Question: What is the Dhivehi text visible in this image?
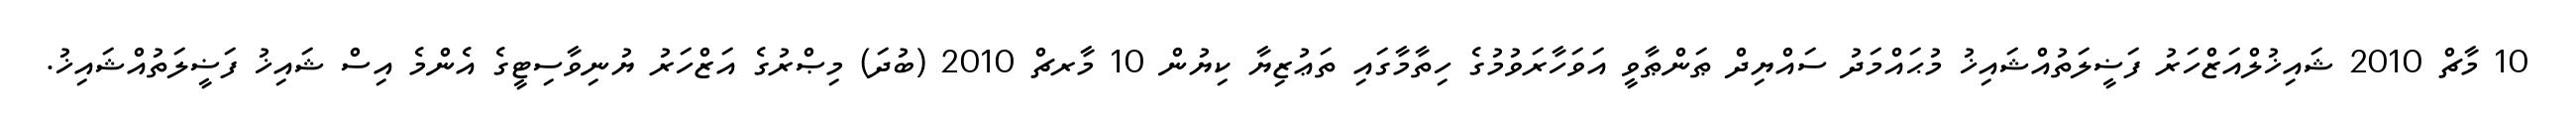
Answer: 10 މާޗް 2010 ޝައިޚުލްއަޒްހަރު ފަޟީލަތުއްޝައިޚު މުޙައްމަދު ސައްޔިދް ޠަންޠާވީ އަވަހާރަވުމުގެ ހިތާމާގައި ތަޢުޒިޔާ ކިޔުން 10 މާރޗް 2010 (ބުދަ) މިޞްރުގެ އަޒްހަރު ޔުނިވާސިޓީގެ އެންމެ އިސް ޝައިޚު ފަޟީލަތުއްޝައިޚު.